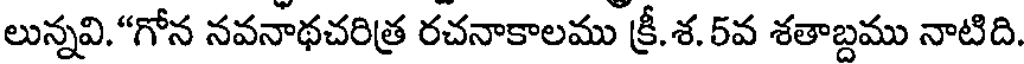
లున్నవి."గోన నవనాథచరిత్ర రచనాకాలము క్రీ.శ. 5వ శతాబ్దము నాటిది.